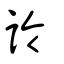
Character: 詅